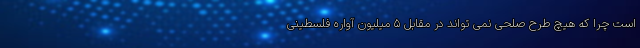
است چرا که هیچ طرح صلحی نمی تواند در مقابل ۵ میلیون آواره فلسطینی